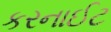
કરનાઈટ